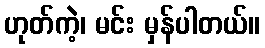
ဟုတ်ကဲ့၊ မင်း မှန်ပါတယ်။